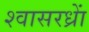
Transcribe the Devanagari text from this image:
श्वासरध्राें